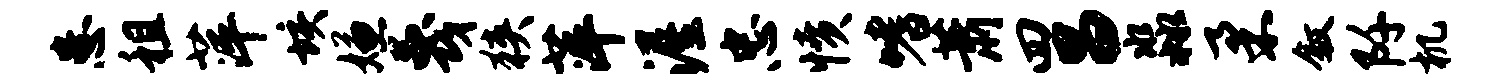
患租萍垓嫌蔑狭萍渥忠愤嗜萧四昌淼柔叙阡机